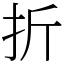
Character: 折